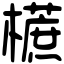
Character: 𣞢